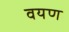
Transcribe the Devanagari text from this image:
वयण